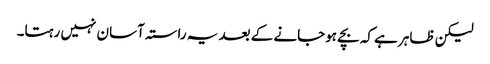
لیکن ظاہر ہے کہ بچے ہوجانے کے بعد یہ راستہ آسان نہیں رہتا۔